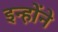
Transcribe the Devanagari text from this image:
इन्होेंने